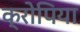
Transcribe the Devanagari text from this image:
क्रोपिया